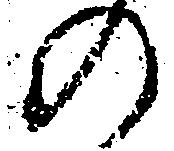
の